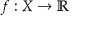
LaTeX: f : X \to \mathbb { R }